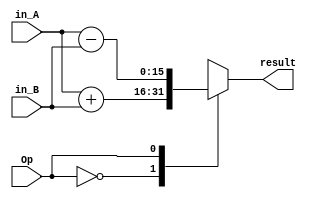
`timescale 1ns / 1ps
//////////////////////////////////////////////////////////////////////////////////
//	Alumnos:
//				 Ortmann, Nestor Javier
// 				 Trejo, Bruno Guillermo
// Year: 		 2018
// Module Name: UNIDAD ARITMETICA
//////////////////////////////////////////////////////////////////////////////////
module ALU
    #(
        parameter len_data = 16
    )
    (
        input [len_data - 1 : 0] in_A,   // primer operando, viene de ACC
        input [len_data - 1 : 0] in_B,   // segundo operando, viene de muxB
        input Op,                        // viene de control (instruction decoder), suma = 0. resta = 1

        output reg [len_data - 1 : 0] result // salida de la ALU
    );

    always@(*)
    begin
      case (Op)
        0:
         begin
           result = in_A + in_B;
         end
        1:
         begin
           result = in_A - in_B;
         end
      endcase
    end
    
endmodule